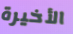
الأخيرة